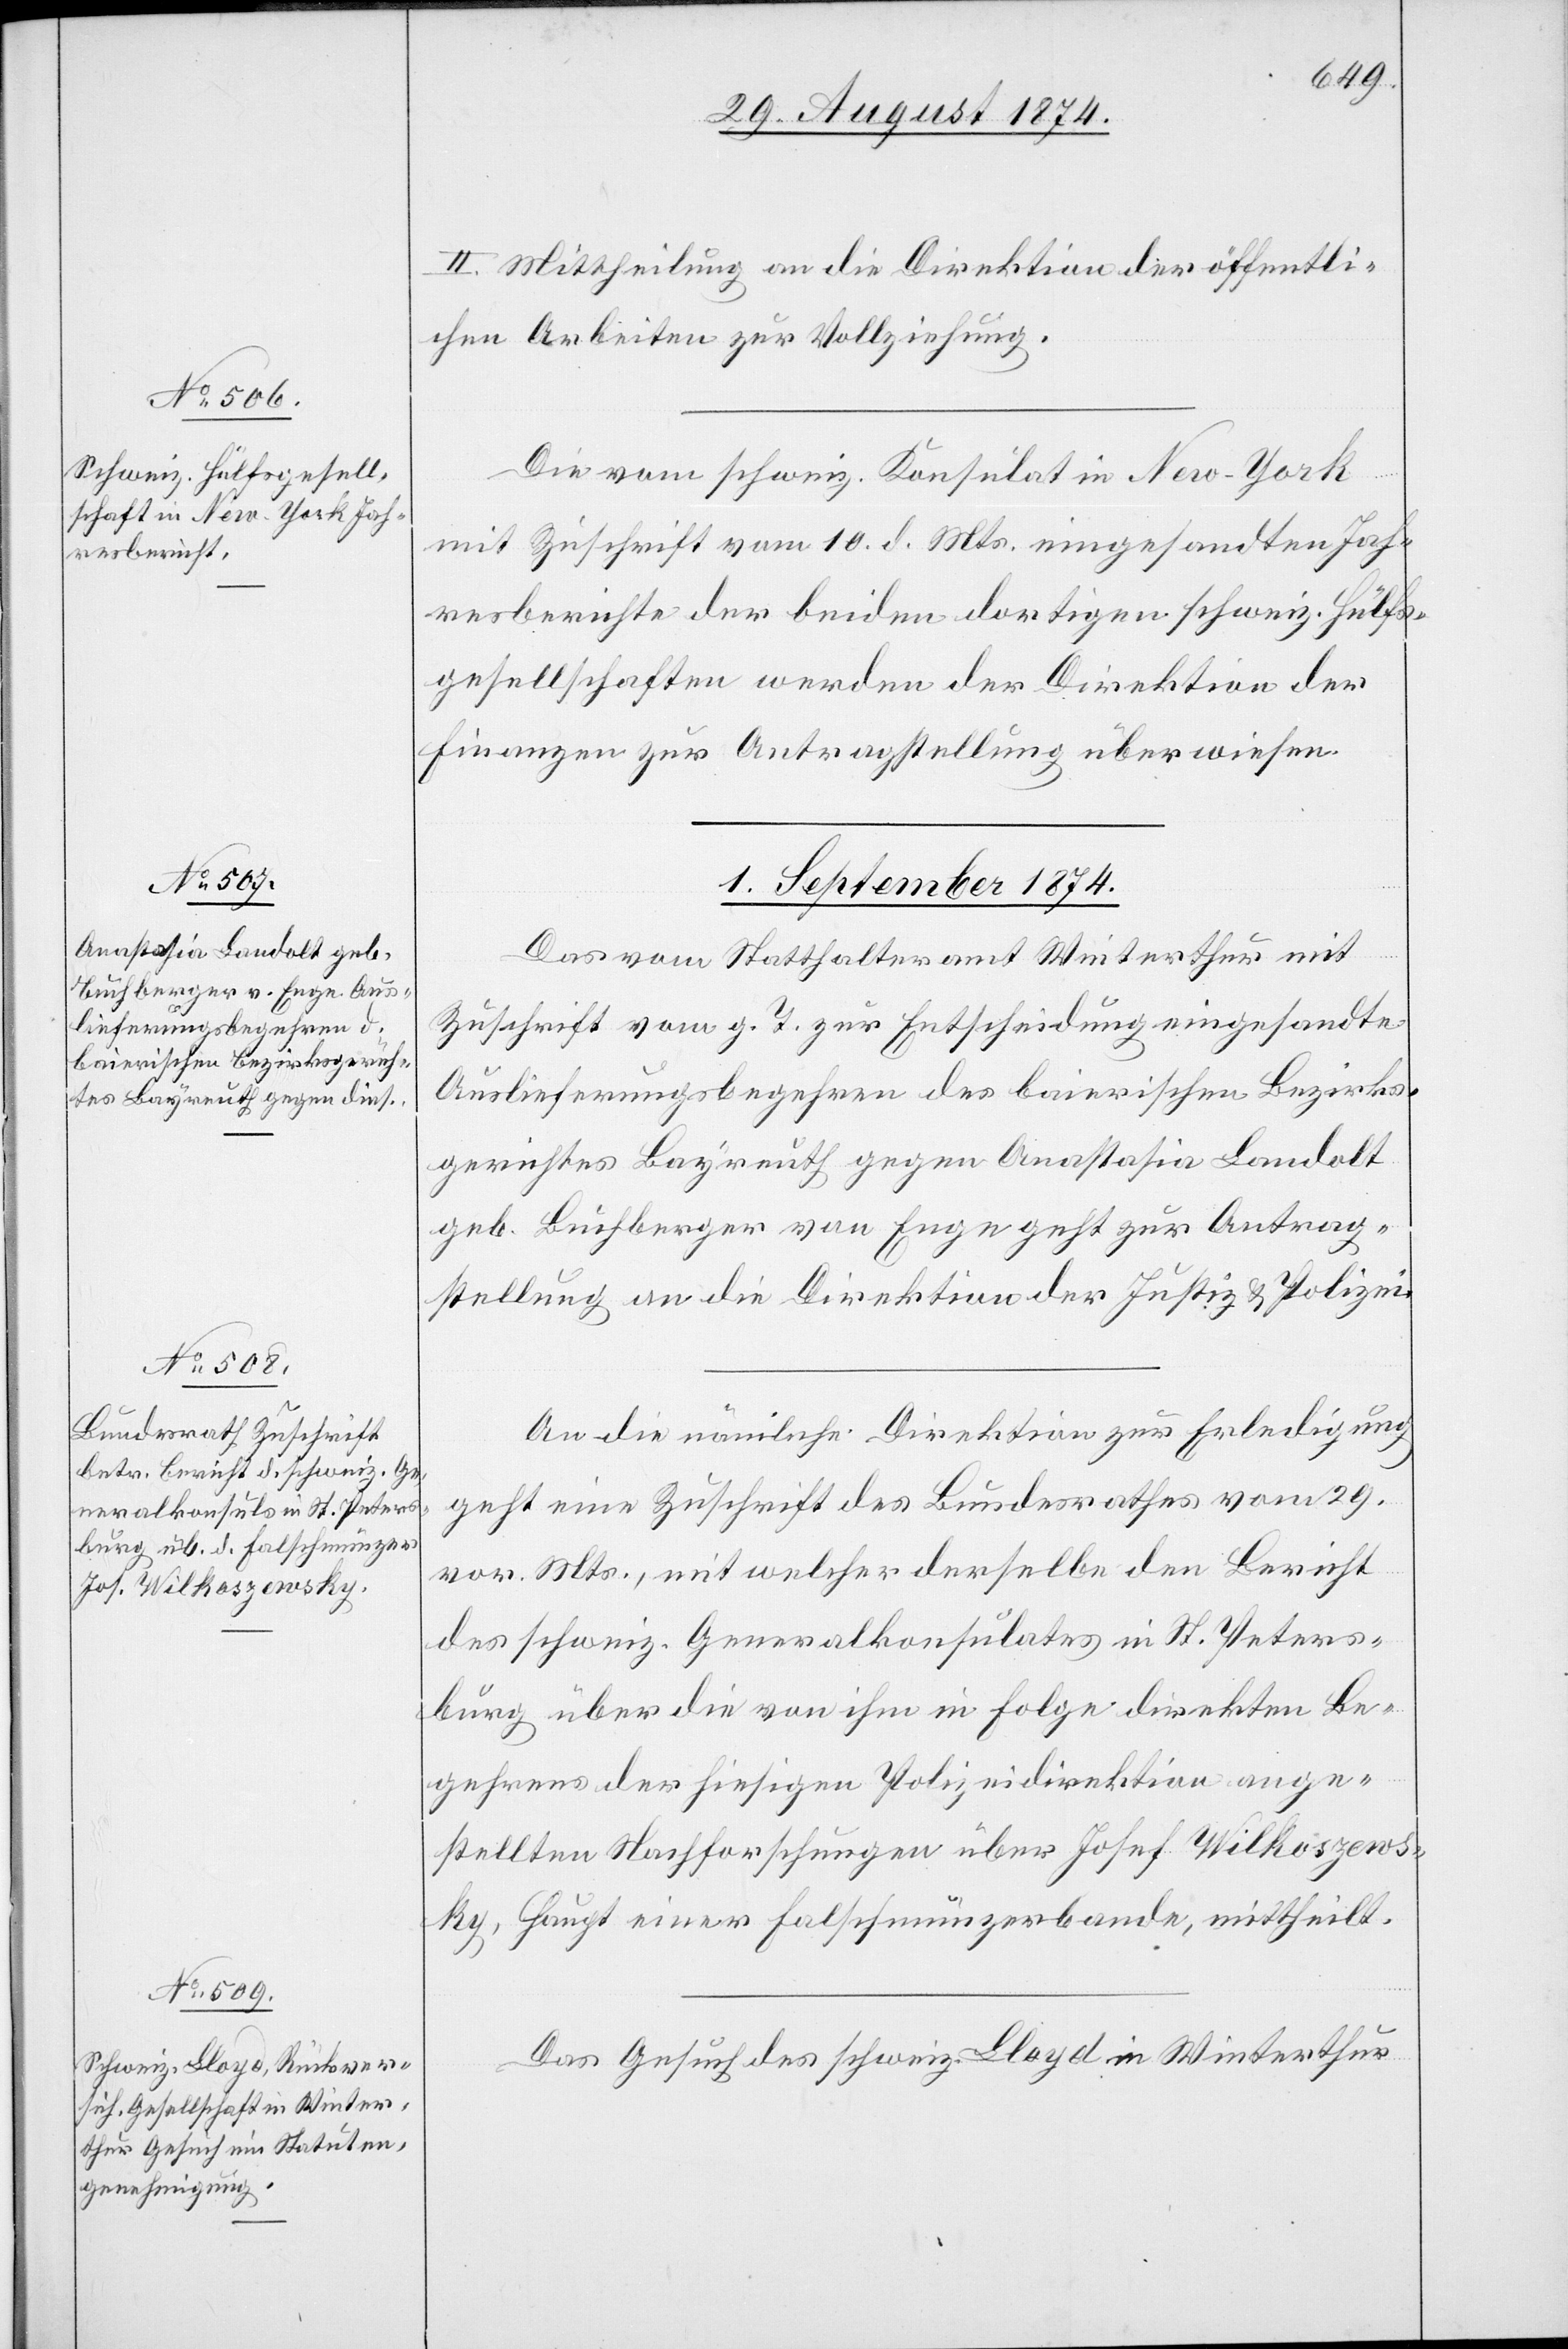
ungen

II. Mittheilung an die Direktion der öffentli¬
chen Arbeiten zur Vollziehung.
Die vom schweiz. Konsulat in New-York
mit Zuschrift vom 10. d. Mts. eingesandten Jah¬
resberichte der beiden dortigen schweiz. Hülfs¬
gesellschaften werden der Direktion der
Finanzen zur Antragstellung überwiesen.
1. September 1874.]
Das vom Statthalteramt Winterthur mit
Zuschrift vom g. T. zur Entscheidung eingesandte
Auslieferungsbegehren des baierischen Bezirks¬
gerichts Bayreuth gegen Anastasia Landolt
geb. Buchberger von Enge geht zur Antrag¬
stellung an die Direktion der Justiz u. Polizei.
An die nämliche Direktion zur Erledigung
geht eine Zuschrift des Bundesrathes vom 29.
vor. Mts., mit welcher derselbe den Bericht
des schweiz. Generalkonsulates in St. Peters¬
burg über die von ihm in Folge direkten Be¬
gehrens der hiesigen Polizeidirektion ange¬
stellten Nachforschungen über Josef Wilkoszews¬
ky, Haupt einer Falschmünzerbande, mittheilt.
Das Gesuch des schweiz. Lloyd in Winterthur